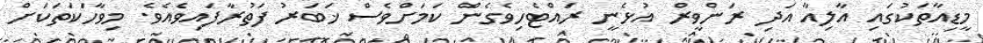
މީޑިއާތަކުގައި އާލިއާ އަދި ރަންވީރް އުޅެނީ ރައްޓެހިވެގެން ކަމަށްވެސް ޚަބަރު ފަތުރާފައިވެއެވެ. މިވާހަކަތަކަށް